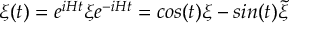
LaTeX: \xi ( t ) = e ^ { i H t } \xi e ^ { - i H t } = c o s ( t ) \xi - s i n ( t ) { \widetilde \xi }